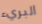
البريء